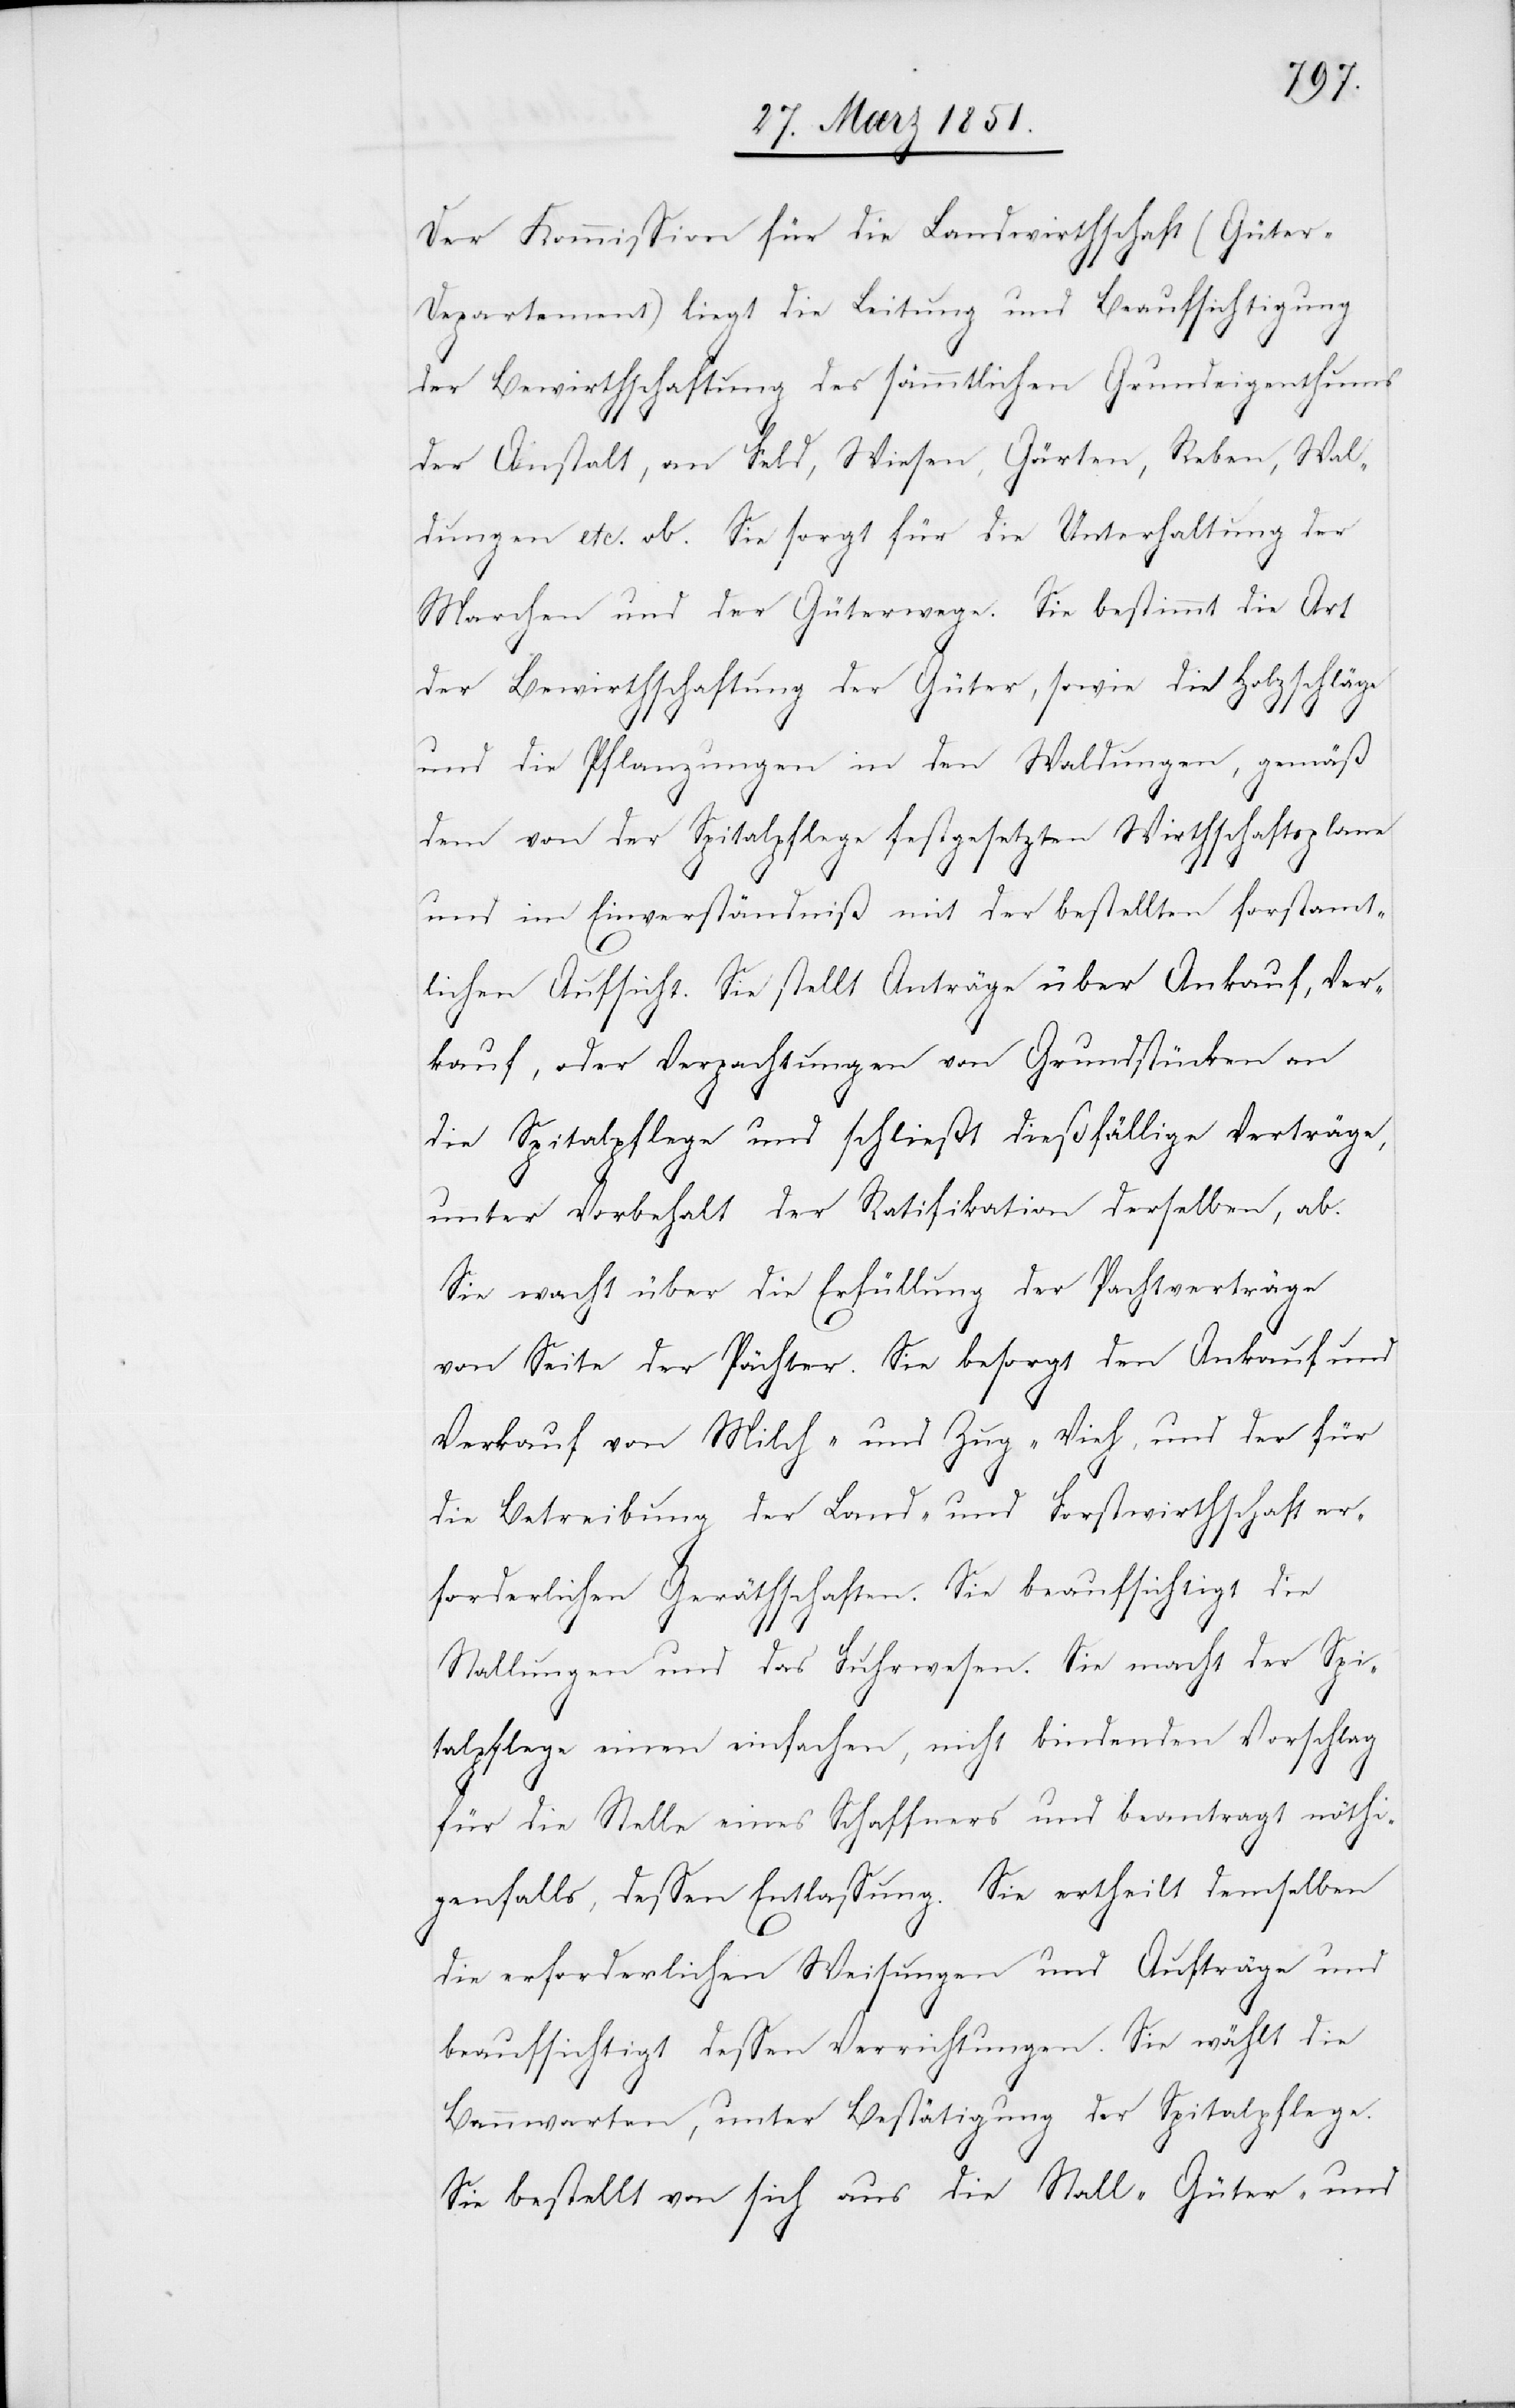
Der Kommission für die Landwirthschaft (Güte¬
r-Departement) liegt die Leitung und Beaufsichtigung
der Bewirthschaftung des sämmtlichen Grundeigenthums
der Anstalt, an Feld, Wiesen, Gärten, Reben, Wal¬
dungen etc. ob. Sie sorgt für die Unterhaltung der
Marchen und der Güterwege. Sie bestimmt die Art
der Bewirthschaftung der Güter, sowie die Holzschläge
und die Pflanzungen in den Waldungen, gemäß
dem von der Spitalpflege festgesetzten Wirthschaftsplane
und im Einverständniß mit der bestellten forstamt¬
lichen Aufsicht. Sie stellt Anträge über Ankauf, Ver¬
kauf, oder Verpachtungen von Grundstücken an
die Spitalpflege und schließt dießfällige Verträge,
unter Vorbehalt der Ratifikation derselben, ab.
Sie wacht über die Erfüllung der Pachtverträge
von Seite der Pächter. Sie besorgt den Ankauf und
Verkauf von Milch- und Zug-Vieh, und der für
die Betreibung der Land- und Forstwirthschaft er¬
forderlichen Geräthschaften. Sie beaufsichtigt die
Stallungen und das Fuhrwesen. Sie macht der Spi¬
talpflege einen einfachen, nicht bindenden Vorschlag
für die Stelle eines Schaffners und beantragt nöthi¬
genfalls, dessen Entlassung. Sie ertheilt demselben
die erforderlichen Weisungen und Aufträge und
beaufsichtigt dessen Verrichtungen. Sie wählt die
Bannwarten, unter Bestätigung der Spitalpflege.
Sie bestellt von sich aus die Stall-[,] Güter- und